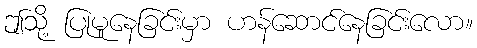
ဤသို့ ပြုမူနေခြင်းမှာ ဟန်ဆောင်နေခြင်းလော။